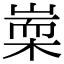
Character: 𣖃